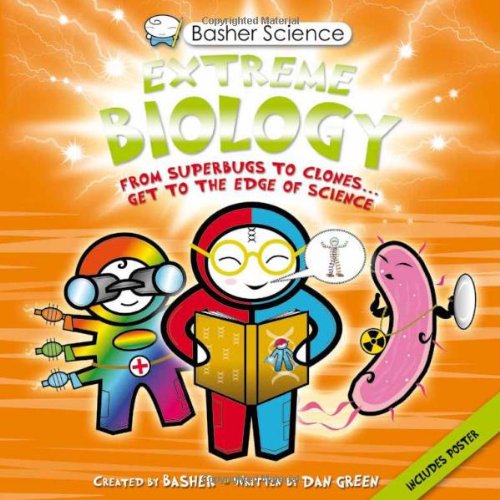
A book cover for Basher Science: Extreme Biology; Simon Basher; Children's Books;